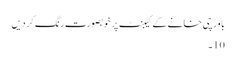
باورچی خانے کے کیبنٹ پر خوبصورت رنگ کر دیں
10۔